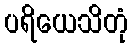
ပရိယေသိတုံ